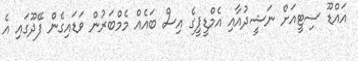
އައްޑޫ ސިޓީއަށް ނަޝީދުއާއި އެމްޑީޕީގެ އިސް ބައެއް މެމްބަރުން ވަޑައިގެން ފޭދޫގައި އެ